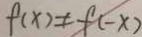
f ( x ) \neq f ( - x )